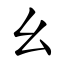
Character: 幺